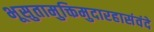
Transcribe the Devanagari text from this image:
भूसुतामुक्तिमुदारहासंवंदे